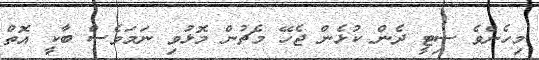
މިހެންވެ ސިޓީ ދެން ކުޅެން ޖެހޭ މެޗުން މޮޅުވި ނަމަވެސް ބާކީ އޮތް